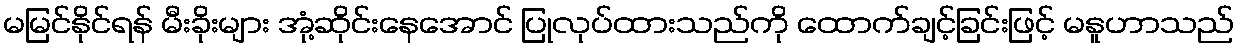
မမြင်နိုင်ရန် မီးခိုးများ အုံ့ဆိုင်းနေအောင် ပြုလုပ်ထားသည်ကို ထောက်ချင့်ခြင်းဖြင့် မနူဟာသည်